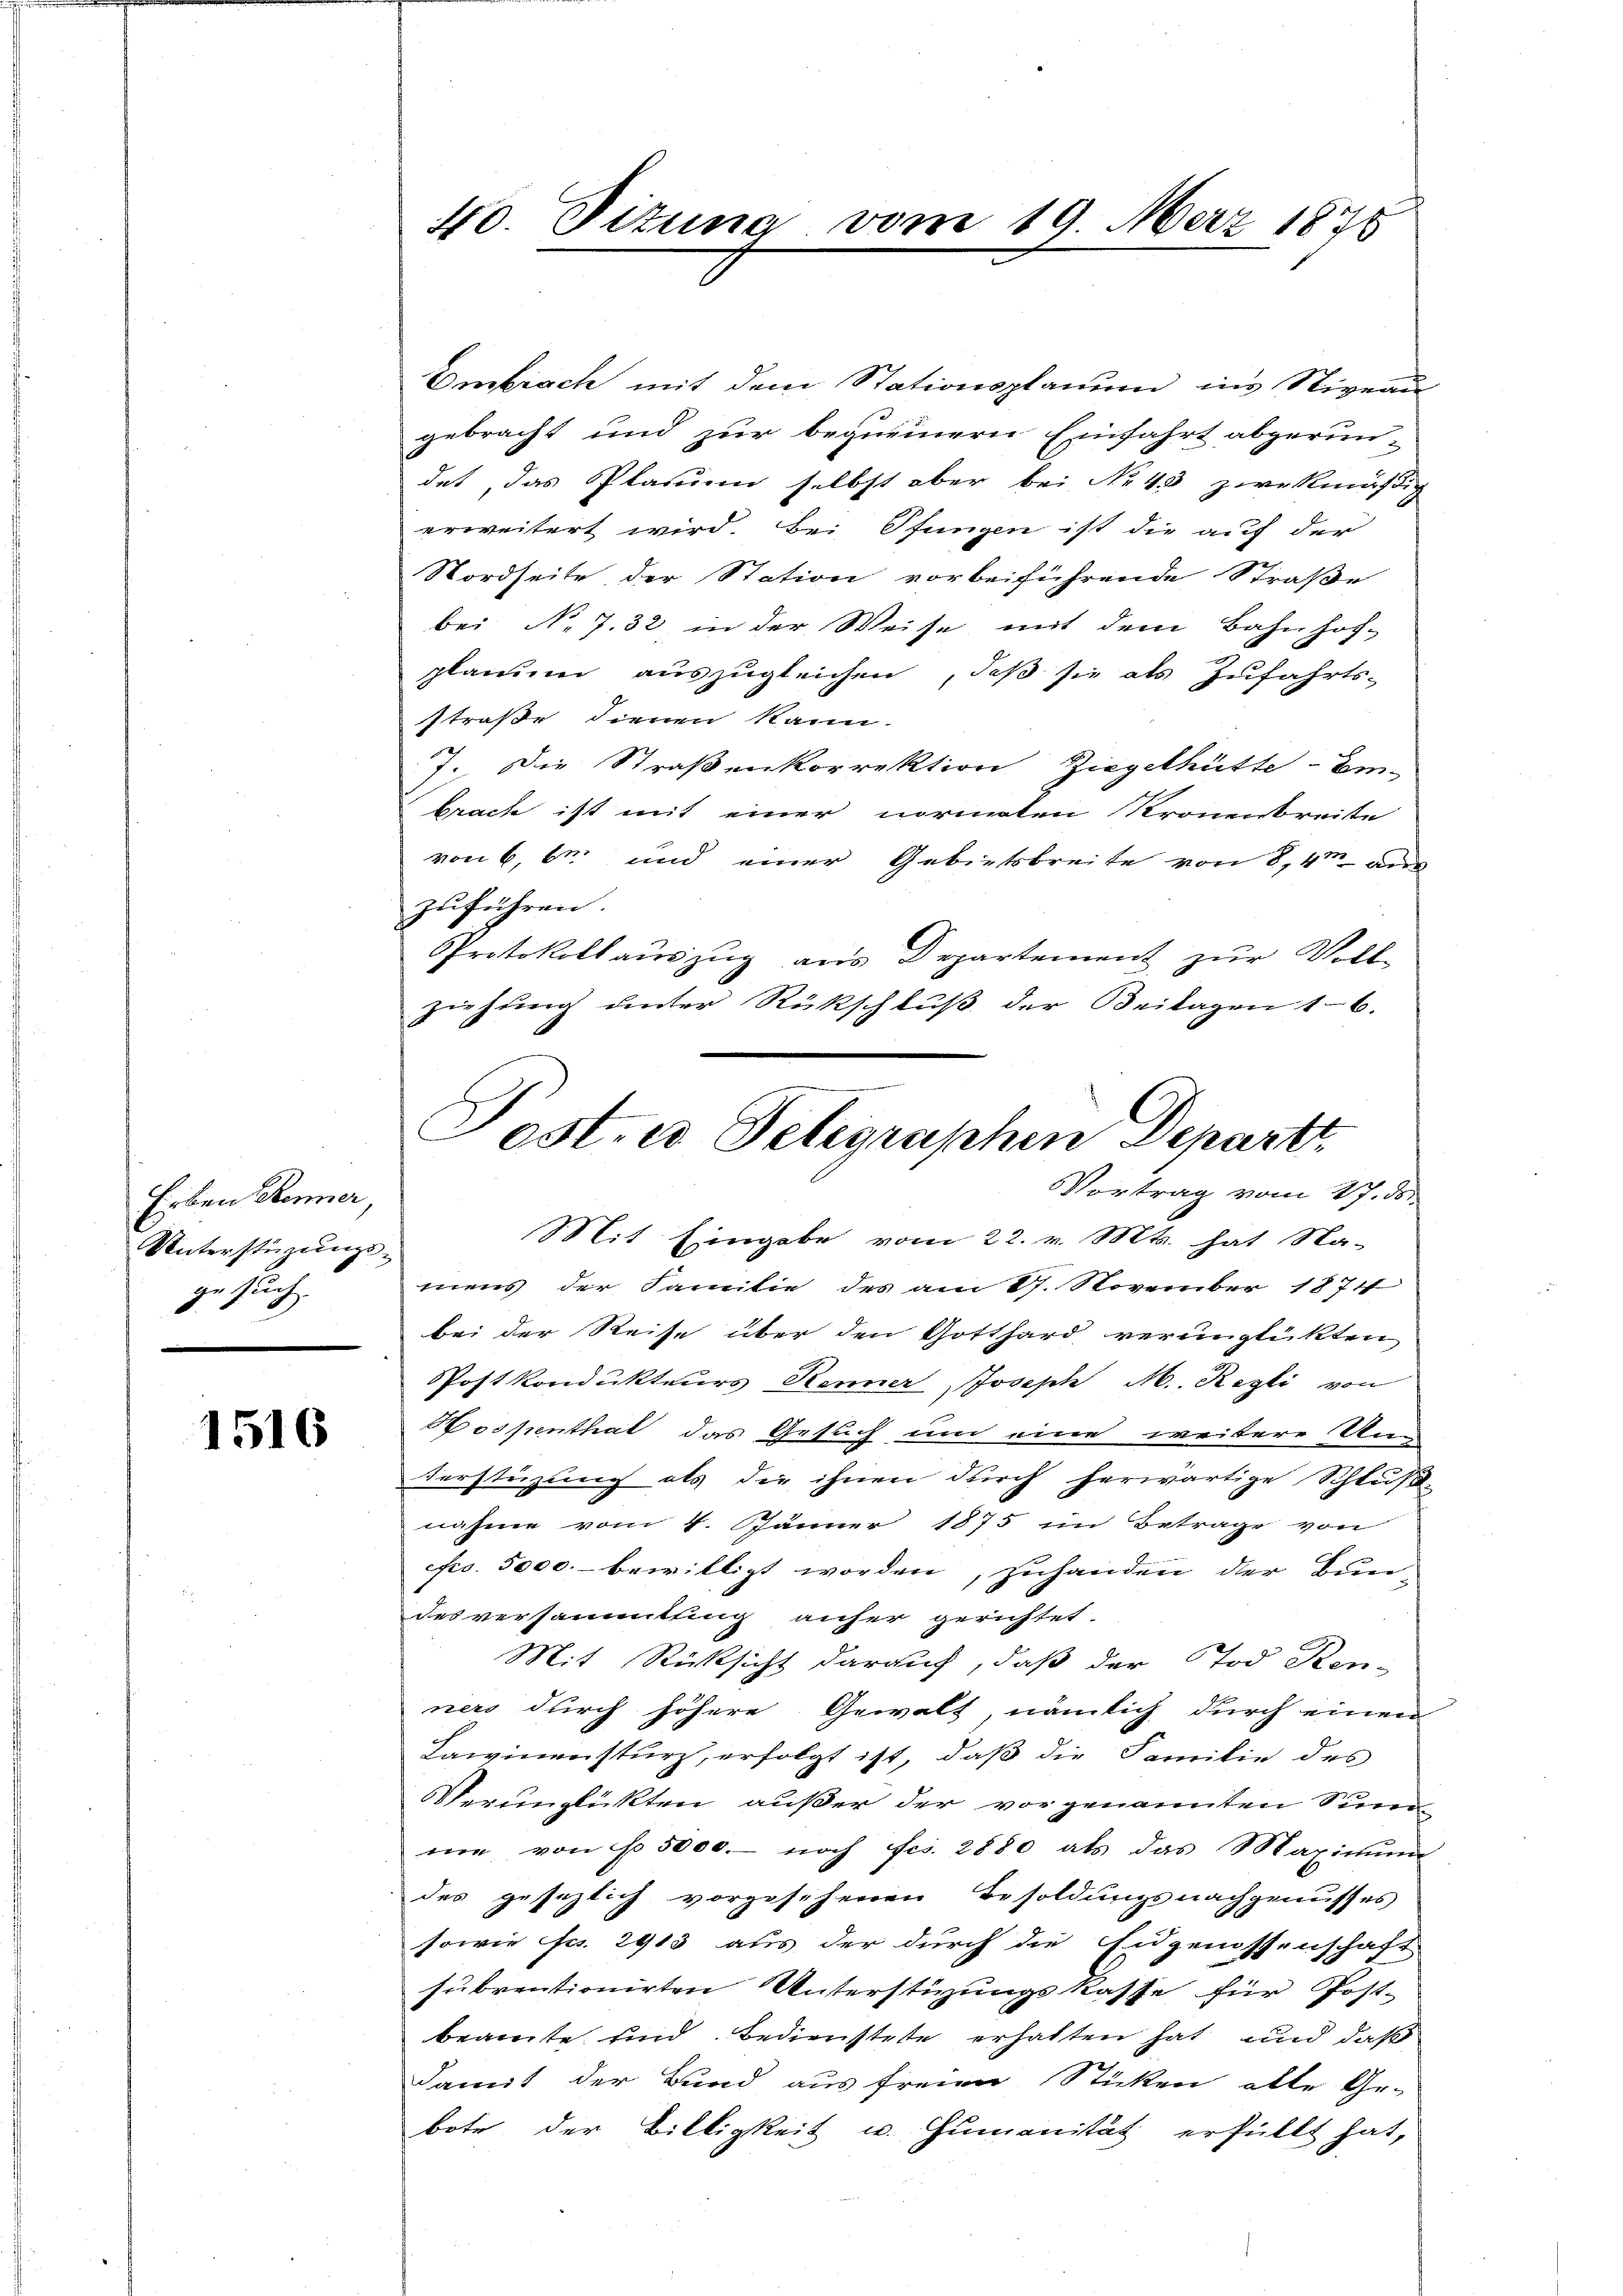
Erben Renner,
Unterstüzungs-
u
.

1516

40. Ditung vom 19. März 1878

Embrach mit dem Stationsplanum ins Niveau
gebracht und zur bequemern Einfahrt abgerun-
det das Plauem selbst aber bei No 43 zwekmäßig
erweitert wird. Bei Pfungen ist die auf der
Nordseite, der Station vorbeiführende Straße
bei No 7.32 in der Weise mit dem Bahnhof-
planum auszugleichen, daß sie als Zufahrts-
straße dienen kann.
7. Die Straßenkorrektion Ziegelhütte Em-
brach ist mit einer normalen Kronenbreiste
von 6, b. und einer Gebietsbreite von 8,4m aus
zuführen.
Protokoll aŭszŭg ans Departement zur Voll-
ziehung unter Rückschluß der Beilagen 16.
Mit Eingabe vom 22. v. Mts. hat Na-
mens der Familie des am 17. November 1874
bei der Reise über den Gotthard verunglükten
Postkondukteurs Renner Joseph M. Regli von
ospenthat das Gesuch um eine weitere Un-
terstüzung als die ihnen durch herwärtige Schluß-
nahme vom 4. Jänner 1875 im Betrage von
efo. 5000.- bewilligt worden, zuhanden der Bundesversammtling anher gerichtet
Mit Rücksicht darauf, daß der Tod. Kon-
ners durch höhere Gewalt, nämlich durch einen
Lawinensturz, erfolgt ist, daß die Familie des
Verunglückten außer der vorgenannten Sum
me von No 5000. noch Fco. 2880 als das Maximum
des gesezlich vorgesehenen Besoldungsnachgenusses
sowie Fr. 2915 aus der durch die Eidgenossenschaft
subventionirten Unterstüzungskasse für Post-
beamte und Bedienstete erhalten hat und daß
damit der Bund aus freien Sticken alle Ge-
bote der Billigkeit u. Humanität erfüllt hat,

Post- u Telegraphen Departi
Vortrag vom 17. ds.